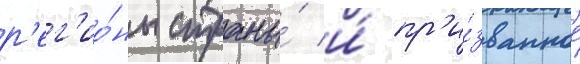
р'ег'ио́ны страны́ и́ пр'и́званное